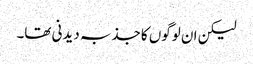
لیکن ان لوگوں کا جذبہ دیدنی تھا۔